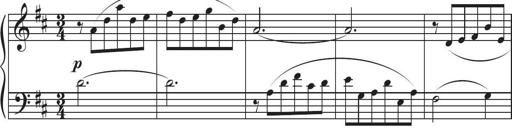
Title: Sonatina in D major
Composer: Shota Saitoh
Key: D major